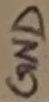
Text: GND